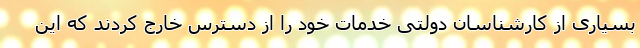
بسیاری از کارشناسان دولتی خدمات خود را از دسترس خارج کردند که این